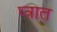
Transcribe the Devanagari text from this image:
प्त्रात